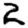
Digit: 2